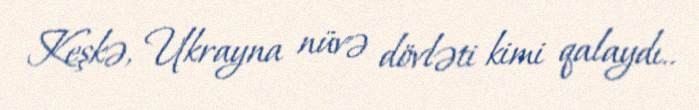
Keşkə, Ukrayna nüvə dövləti kimi qalaydı..